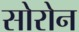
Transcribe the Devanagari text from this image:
सोरोन